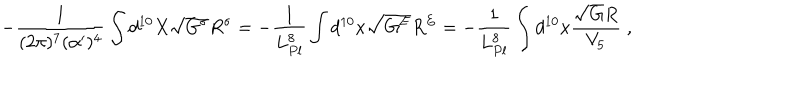
- \frac { 1 } { ( 2 \pi ) ^ { 7 } ( \alpha ^ { \prime } ) ^ { 4 } } \int d ^ { 1 0 } X \sqrt { G ^ { \sigma } } R ^ { \sigma } = - \frac { 1 } { L _ { P l } ^ { 8 } } \int d ^ { 1 0 } x \sqrt { G ^ { E } } R ^ { E } = - \frac { 1 } { L _ { P l } ^ { 8 } } \int d ^ { 1 0 } x \frac { \sqrt { G } R } { V _ { 5 } } \; ,